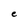
Character: e